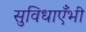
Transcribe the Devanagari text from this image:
सुविधाएँभी